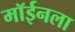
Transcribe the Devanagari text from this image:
मॉईनला